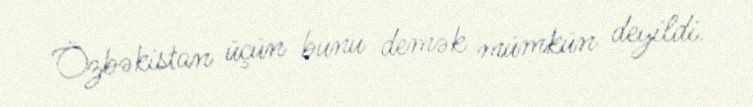
Özbəkistan üçün bunu demək mümkün deyildi.